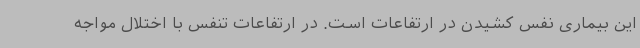
این بیماری نفس کشیدن در ارتفاعات است. در ارتفاعات تنفس با اختلال مواجه